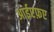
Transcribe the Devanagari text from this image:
आईएफ़ए